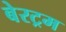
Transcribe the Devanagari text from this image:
बेरट्रम